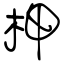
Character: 柙